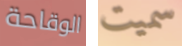
الوقاحة سميت